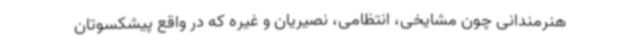
هنرمندانی چون مشایخی، انتظامی، نصیریان و غیره که در واقع پیشکسوتان